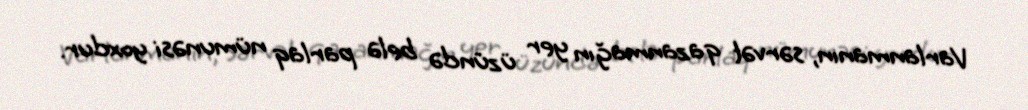
Varlanmanın, sərvət qazanmağın yer üzündə belə parlaq nümunəsi yoxdur.